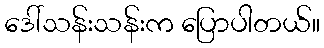
ဒေါ်သန်းသန်းက ပြောပါတယ်။